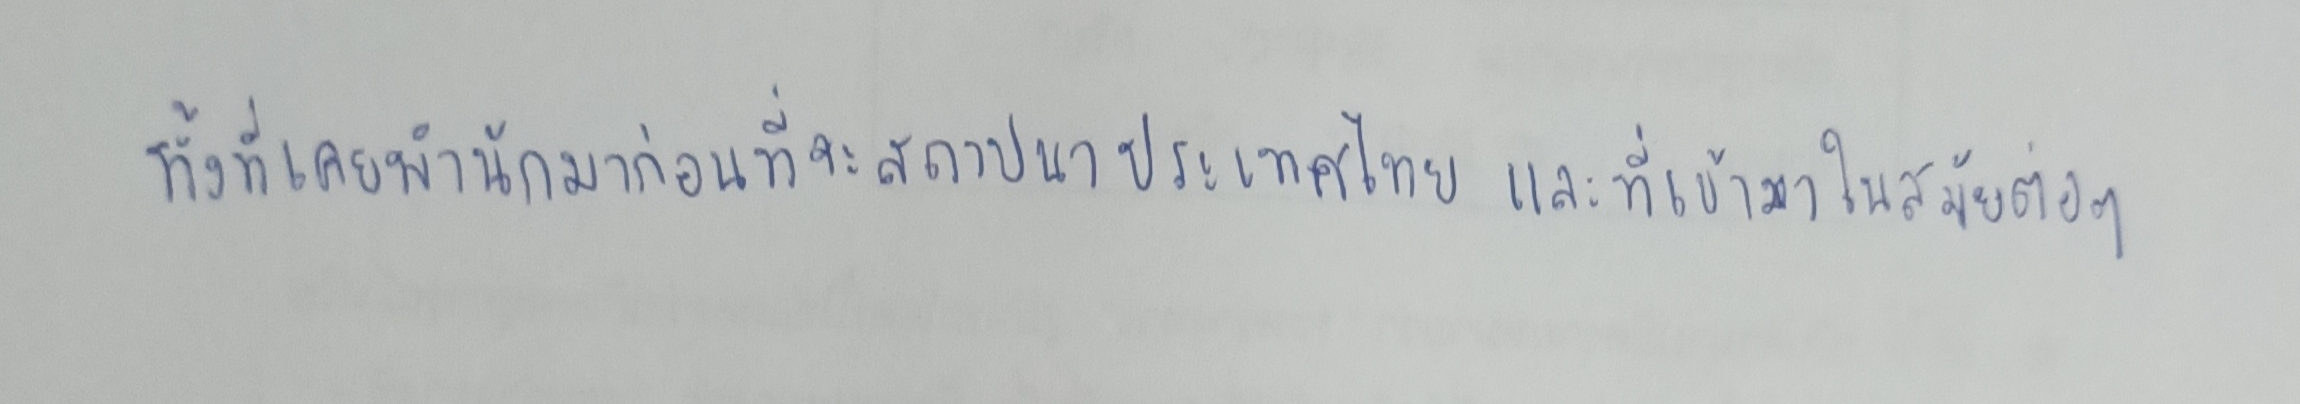
ทั้งที่เคยพำนักมาก่อนที่จะสถาปนาประเทศไทยและที่เข้ามาในสมัยต่อๆ